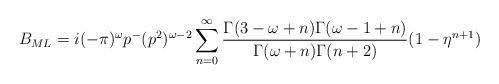
LaTeX: \begin{align*} B_{ML}=i(-\pi)^\omega p^-(p^2)^{\omega-2} \sum\limits^\infty_{n=0} \frac{\Gamma(3-\omega+n)\Gamma(\omega-1+n)}{\Gamma(\omega+n)\Gamma(n+2)} (1-\eta^{n+1})\end{align*}